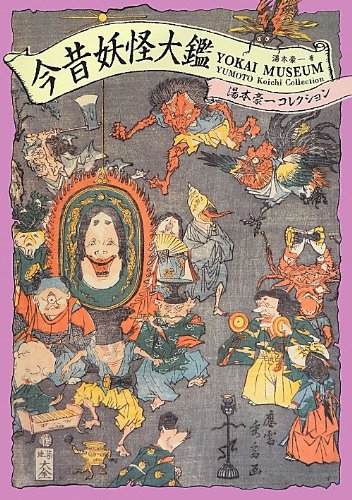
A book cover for Yokai Museum: The Art of Japanese Supernatural Beings from YUMOTO Koichi collection (Japanese and English Edition); PIE Books; Politics & Social Sciences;